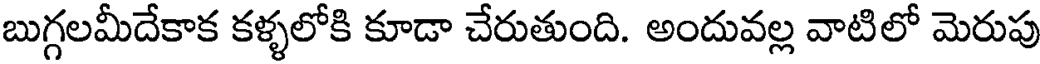
బుగ్గలమీదేకాక కళ్ళలోకి కూడా చేరుతుంది. అందువల్ల వాటిలో మెరుపు